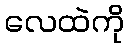
လေထဲကို